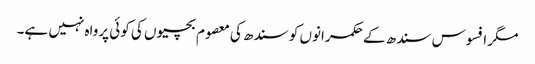
مگر افسوس سندھ کے حکمرانوں کو سندھ کی معصوم بچیوں کی کوئی پرواہ نہیں ہے۔